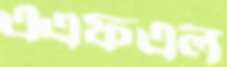
এএফএল